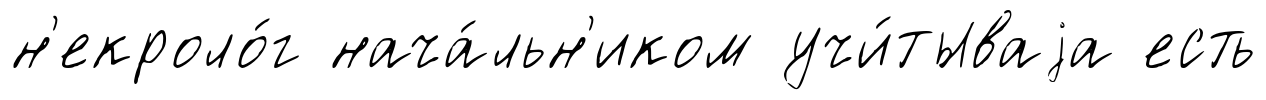
н'екроло́г нача́льн'иком учи́тываjа есть